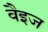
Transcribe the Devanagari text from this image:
वैइज